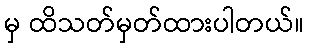
မှ ထိသတ်မှတ်ထားပါတယ်။